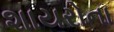
શાયરોના